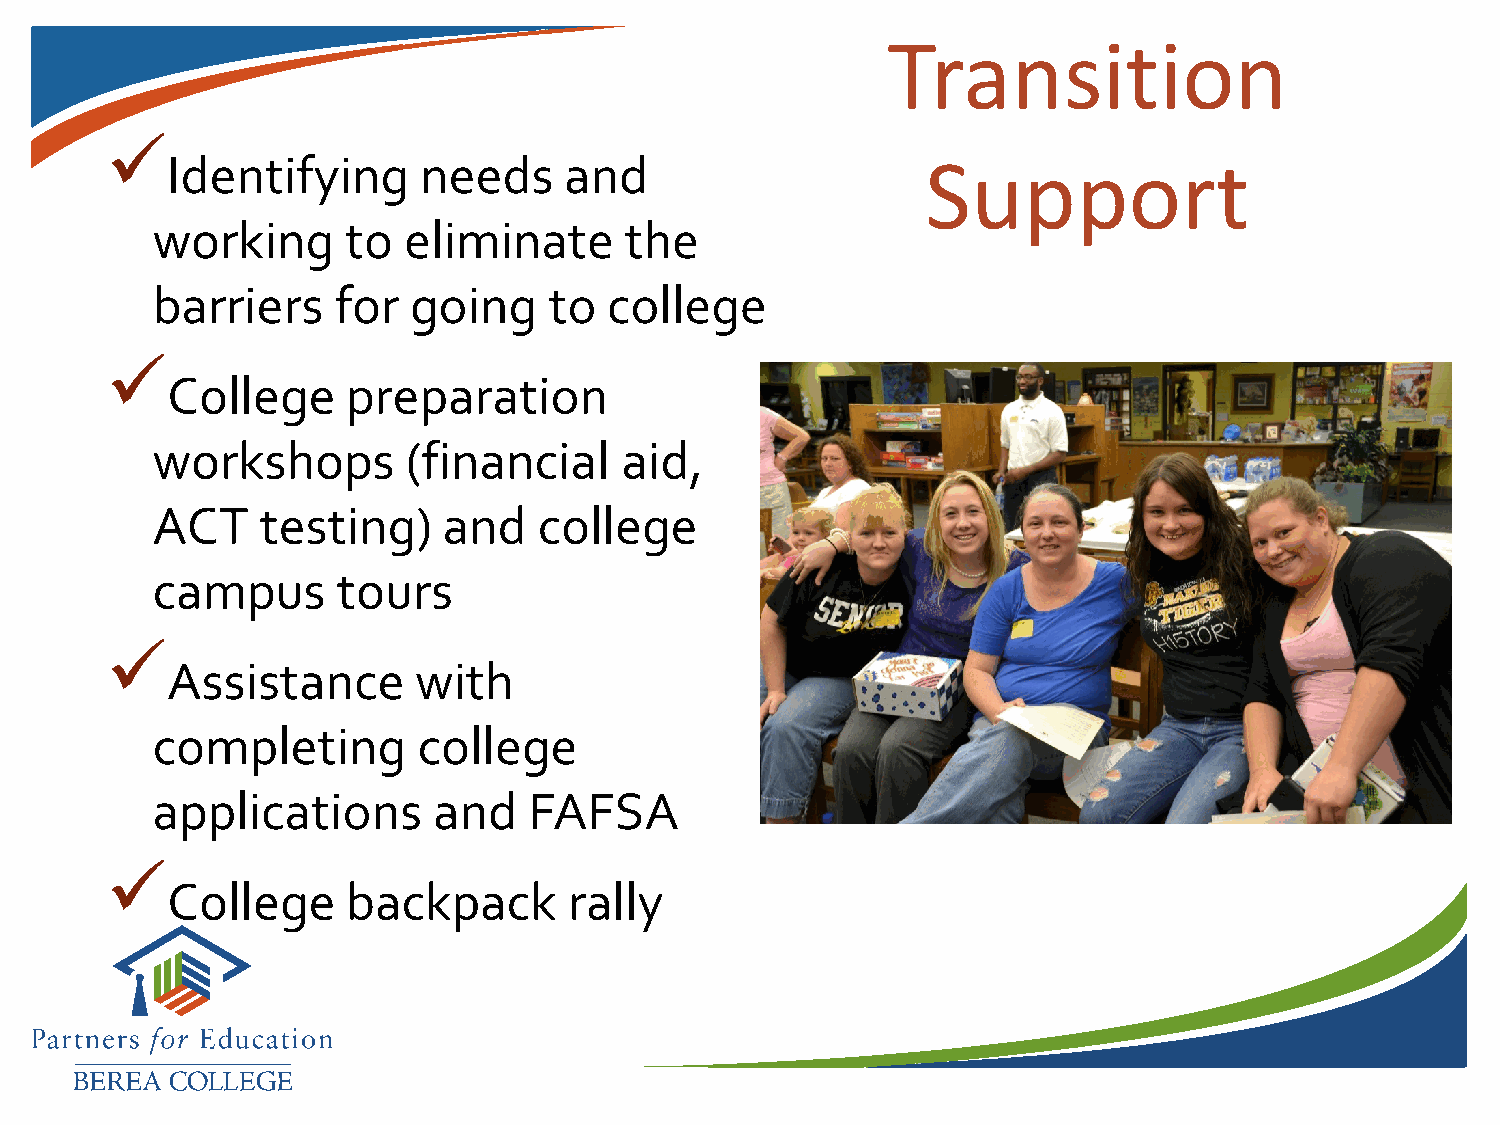
Transition
 
 Identifying      needs    and
 Support
 working      to  eliminate     the
 barriers    for  going    to  college
 
 College     preparation
 workshops        (financial    aid,
 ACT    testing)    and    college
 campus      tours
 
 Assistance      with
 completing        college
 applications       and   FAFSA
 
 College     backpack       rally